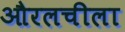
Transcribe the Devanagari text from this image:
औरलचीला